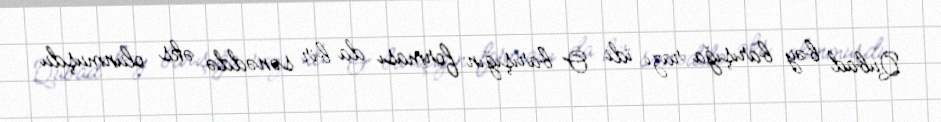
Qubad bəy barışığa razı idi. O barışığın forması da bir sənəddə əks olunmuşdu